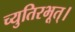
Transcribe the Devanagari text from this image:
च्युतिरभूत्।